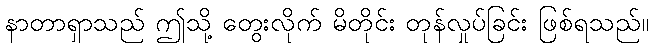
နာတာရှာသည် ဤသို့ တွေးလိုက် မိတိုင်း တုန်လှုပ်ခြင်း ဖြစ်ရသည်။